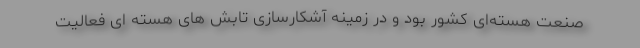
صنعت هسته‌ای کشور بود و در زمینه آشکارسازی تابش های هسته ای فعالیت